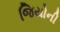
જિયોની